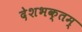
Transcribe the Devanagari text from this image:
देशभक्तम्